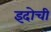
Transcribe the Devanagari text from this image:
इदोची